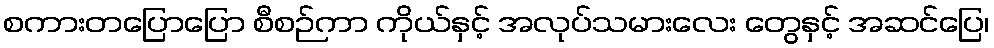
စကားတပြောပြော စီစဉ်ကာ ကိုယ်နှင့် အလုပ်သမားလေး တွေနှင့် အဆင်ပြေ၊